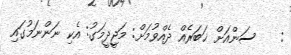
:    ސަންއަށް ޚަބަރެއް ދެއްވުމަށް: މަޖީދީމަގު: އެކި ނަންނަމުގައި